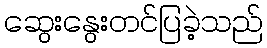
ဆွေးနွေးတင်ပြခဲ့သည်